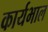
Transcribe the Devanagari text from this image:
कार्यभाल